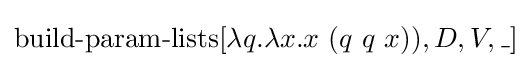
\operatorname {build-param-lists} [\lambda q.\lambda x.x\ (q\ q\ x)),D,V,\_]